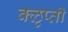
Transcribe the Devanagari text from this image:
क्‍ऌप्ती